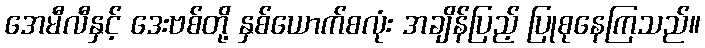
အေမီလီနှင့် ဒေးဗစ်တို့ နှစ်ယောက်စလုံး အချိန်ပြည့် ပြုစုနေကြသည်။